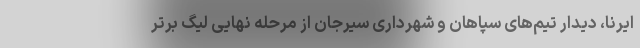
ایرنا، دیدار تیم‌های سپاهان و شهرداری سیرجان از مرحله نهایی لیگ برتر